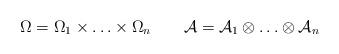
LaTeX: \begin{gather*}\Omega=\Omega_1\times\ldots\times\Omega_n\quad\quad\mathcal{A}=\mathcal{A}_1\otimes\ldots\otimes\mathcal{A}_n\end{gather*}